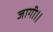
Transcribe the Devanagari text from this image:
जागी।।